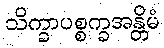
သိက္ခာပစ္စက္ခအန္တိမံ